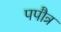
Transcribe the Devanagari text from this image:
पपौत्र